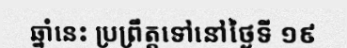
ឆ្នាំនេះ ប្រព្រឹត្តទៅនៅថ្ងៃទី ១៩